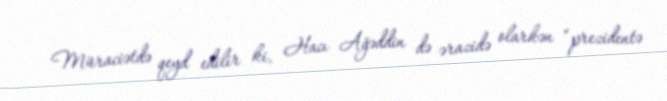
Müraciətdə qeyd edilir ki, Hacı Ağəddin də ərazidə olarkən “prezidentə